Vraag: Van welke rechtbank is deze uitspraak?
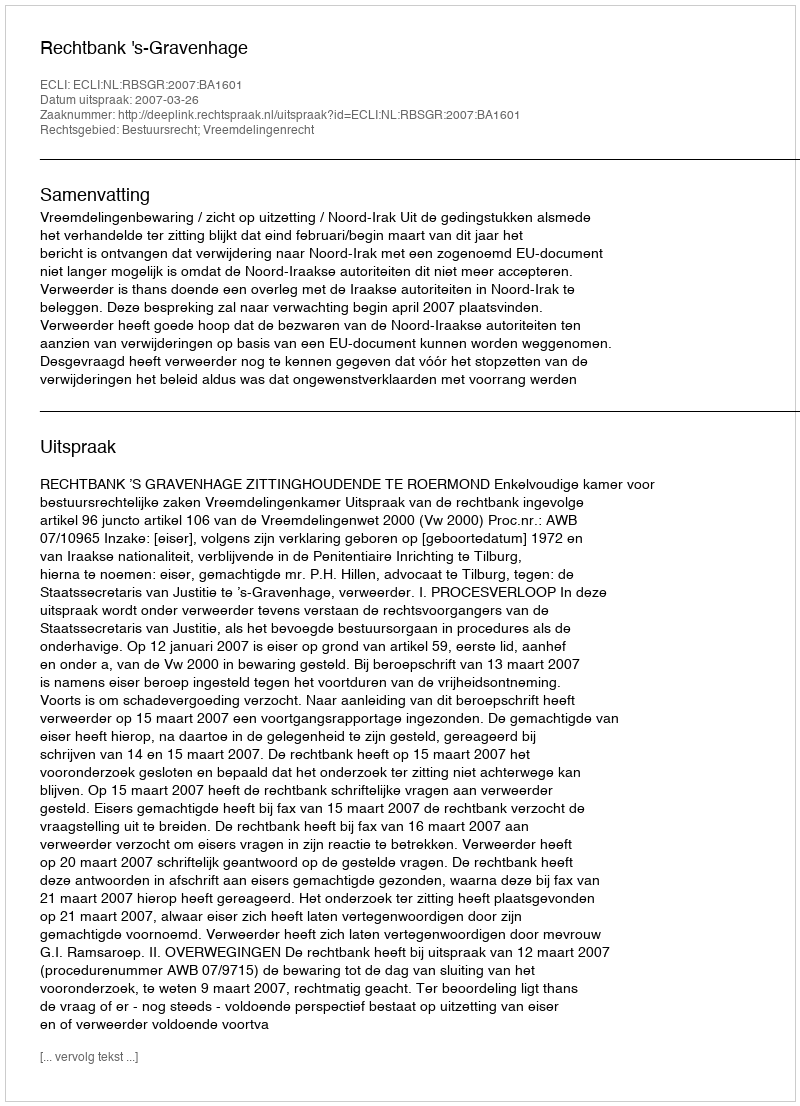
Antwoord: Rechtbank 's-Gravenhage